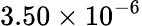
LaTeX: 3.50\times 10^{-6}